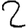
Digit: 2